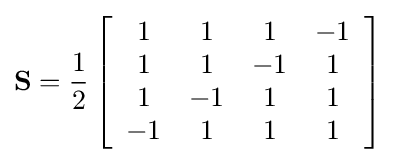
\mathbf {S} ={\frac {1}{2}}\left[{\begin{array}{cccc}1&1&1&-1\\1&1&-1&1\\1&-1&1&1\\-1&1&1&1\end{array}}\right]